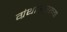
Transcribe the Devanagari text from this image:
ग्रंथासारख्या